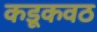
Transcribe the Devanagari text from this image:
कडूकवठ